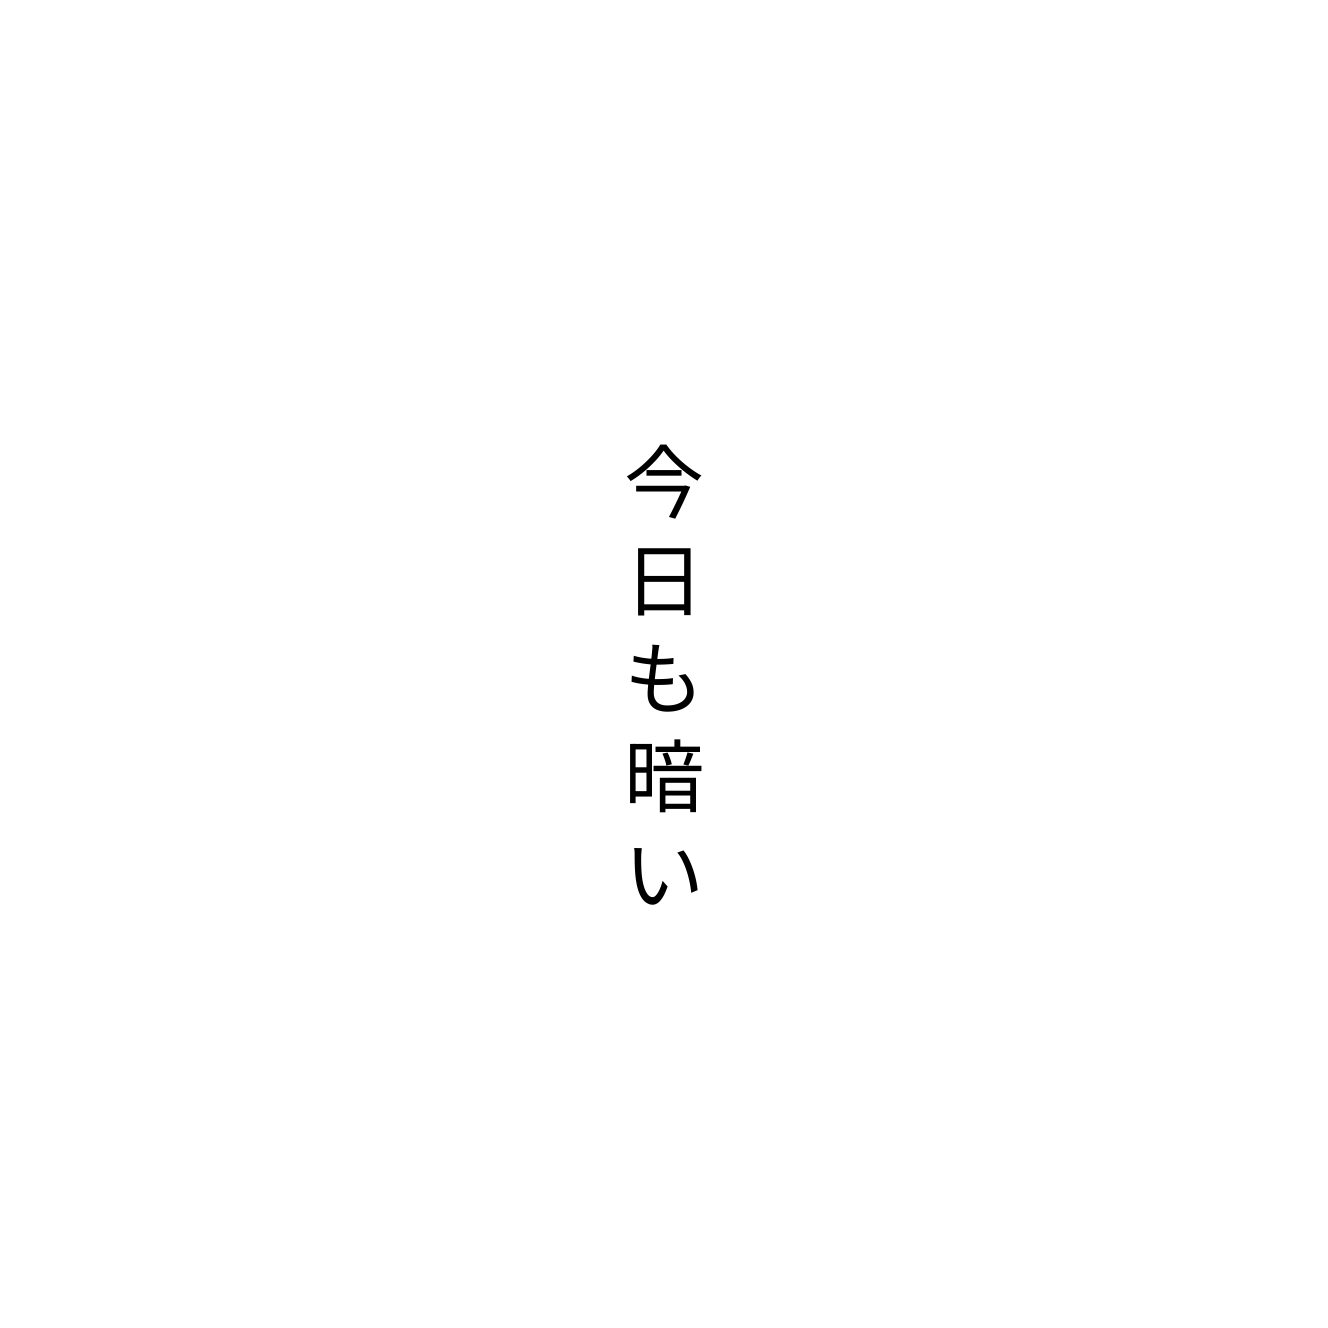
今日も暗い